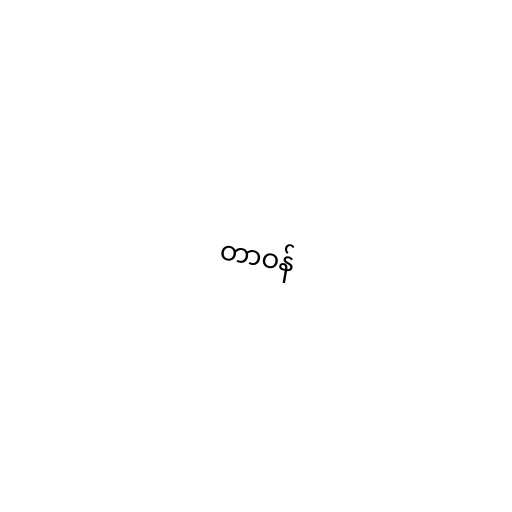
တာဝန်